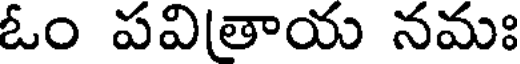
ఓం పవితాయ నమః